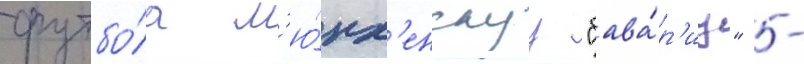
футбо́ла м'ю́нх'енскуу "бава́р'иу" -